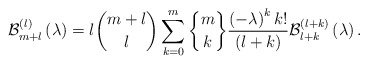
\begin{align*}\mathcal{B}_{m+l}^{\left( l\right) }\left( \lambda\right) =l\binom{m+l}{l}\sum_{k=0}^{m}\genfrac{\{}{\}}{0pt}{}{m}{k}\frac{\left( -\lambda\right) ^{k}k!}{\left( l+k\right) }\mathcal{B}_{l+k}^{\left( l+k\right) }\left( \lambda\right) .\end{align*}